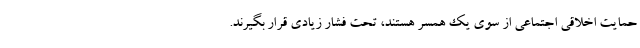
حمایت اخلاقی اجتماعی از سوی یک همسر هستند، تحت فشار زیادی قرار بگیرند.